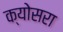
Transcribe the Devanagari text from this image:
क्योसरा